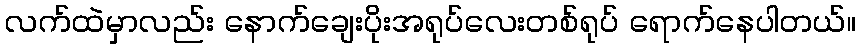
လက်ထဲမှာလည်း နောက်ချေးပိုးအရုပ်လေးတစ်ရုပ် ရောက်နေပါတယ်။